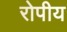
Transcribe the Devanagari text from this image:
रोपीय